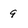
Character: 9